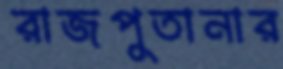
রাজপুতানার